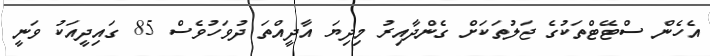
އެހެން ސްޓޭޓްތަކުގެ ޖަލުތަކަށް ގެންދާއިރު މިދިޔަ އާދީއްތަ ދުވަހުވެސް 85 ގައިދީއަކު ވަނީ